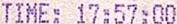
TIME: 17:57:00